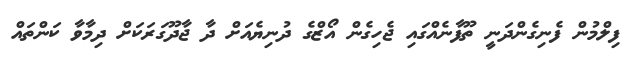
ފިލްމުން ފެނިގެންދަނީ ތޫފާނެއްގައި ޖެހިގެން އޯޒްގެ ދުނިޔެއަށް ދާ ޖާދޫގަރަކަށް ދިމާވާ ކަންތައް